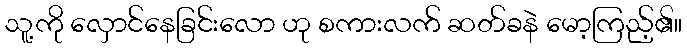
သူ့ကို လှောင်နေခြင်းလော ဟု စကားလက် ဆတ်ခနဲ မော့ကြည့်၏။